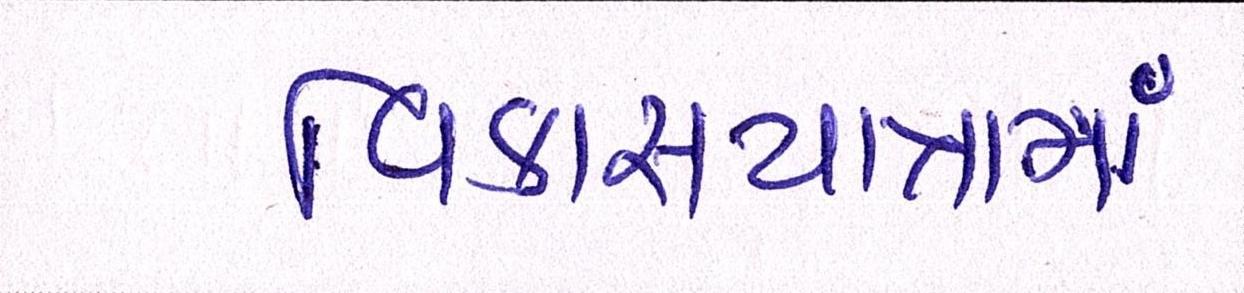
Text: વિકાસયાત્રામાં